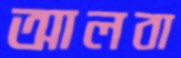
আলবা